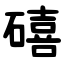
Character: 礂